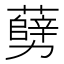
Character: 𠣅